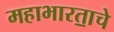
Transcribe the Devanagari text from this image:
महाभारता॒चे